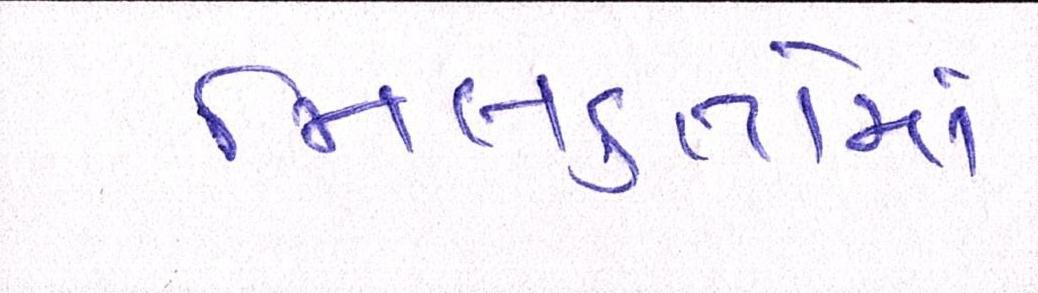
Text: મિલકતોમાં